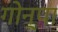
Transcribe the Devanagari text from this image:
गोन्पा